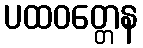
ပထဝတ္တေန